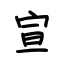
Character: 宣